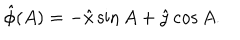
\hat { \phi } ( A ) = - \hat { x } \sin { A } + \hat { y } \cos { A } .